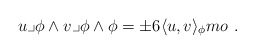
\begin{align*} u\lrcorner\phi\wedge v\lrcorner\phi\wedge\phi = \pm6\langle u,v\rangle_{\phi}mo \ .\end{align*}